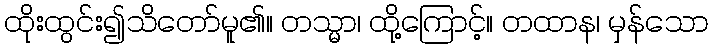
ထိုးထွင်း၍သိတော်မူ၏။ တသ္မာ၊ ထို့ကြောင့်။ တထာန၊ မှန်သော